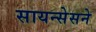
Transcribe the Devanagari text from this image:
सायन्सेसने